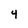
Character: 4